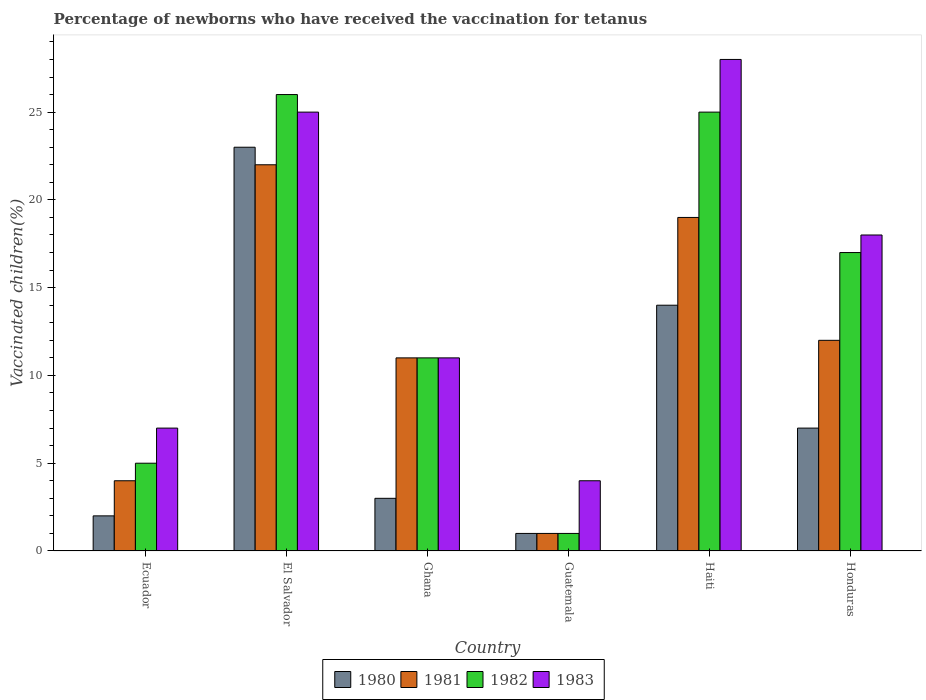
| Country | 1980 | 1981 | 1982 | 1983 |
 | --- | --- | --- | --- | --- |
 | Ecuador | 2 | 4 | 5 | 7 |
 | El Salvador | 23 | 22 | 26 | 25 |
 | Ghana | 3 | 11 | 11 | 11 |
 | Guatemala | 1 | 1 | 1 | 4 |
 | Haiti | 14 | 19 | 25 | 28 |
 | Honduras | 7 | 12 | 17 | 18 |